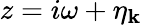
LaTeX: z=i\omega+\eta_{\mathbf{k}}